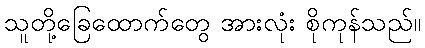
သူတို့ခြေထောက်တွေ အားလုံး စိုကုန်သည်။